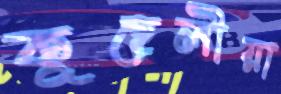
কূহেলীয়া